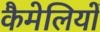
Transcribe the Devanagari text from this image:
कैमेलियों